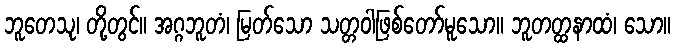
ဘူတေသု၊ တို့တွင်။ အဂ္ဂဘူတံ၊ မြတ်သော သတ္တဝါဖြစ်တော်မူသော။ ဘူတတ္ထနာထံ၊ သော။